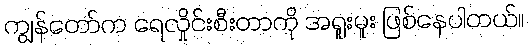
ကျွန်တော်က ရေလှိုင်းစီးတာကို အရူးမူး ဖြစ်နေပါတယ်။